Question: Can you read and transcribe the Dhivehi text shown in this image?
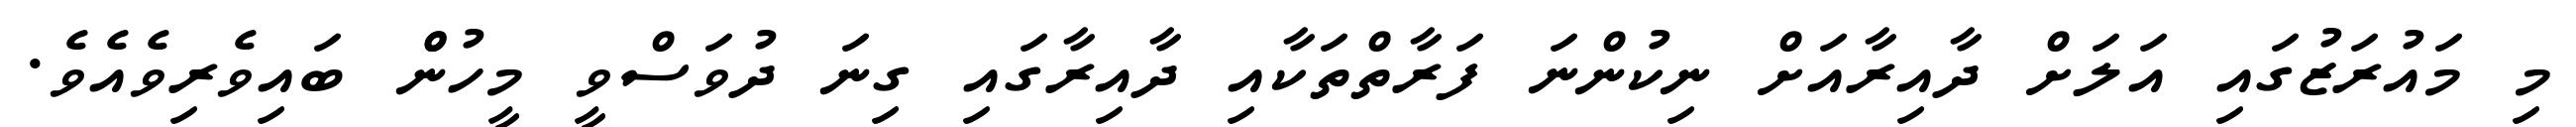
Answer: މި މައުރަޒުގައި އަލަށް ދާއިރާއަށް ނިކުންނަ ފަރާތްތަކާއި ދާއިރާގައި ގިނަ ދުވަސްވީ މީހުންް ބައިވެރިވެއެވެ.